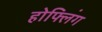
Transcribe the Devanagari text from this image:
होफ्लिंग